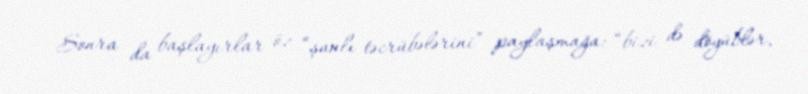
Sonra da başlayırlar öz “şanlı təcrübələrini” paylaşmağa: “bizi də döyüblər,